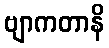
ဗျာကတာနိ